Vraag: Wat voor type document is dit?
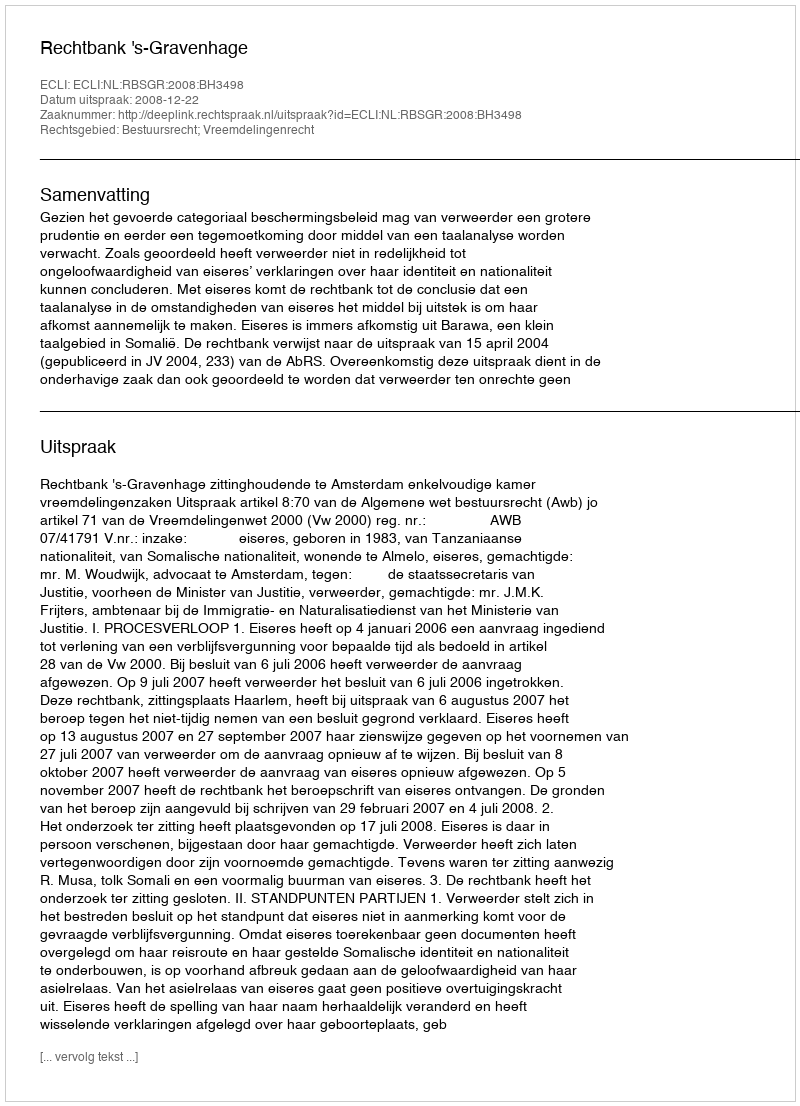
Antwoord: Uitspraak